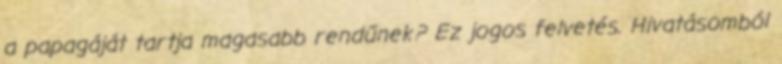
a papagáját tartja magasabb rendűnek? Ez jogos felvetés. Hivatásomból